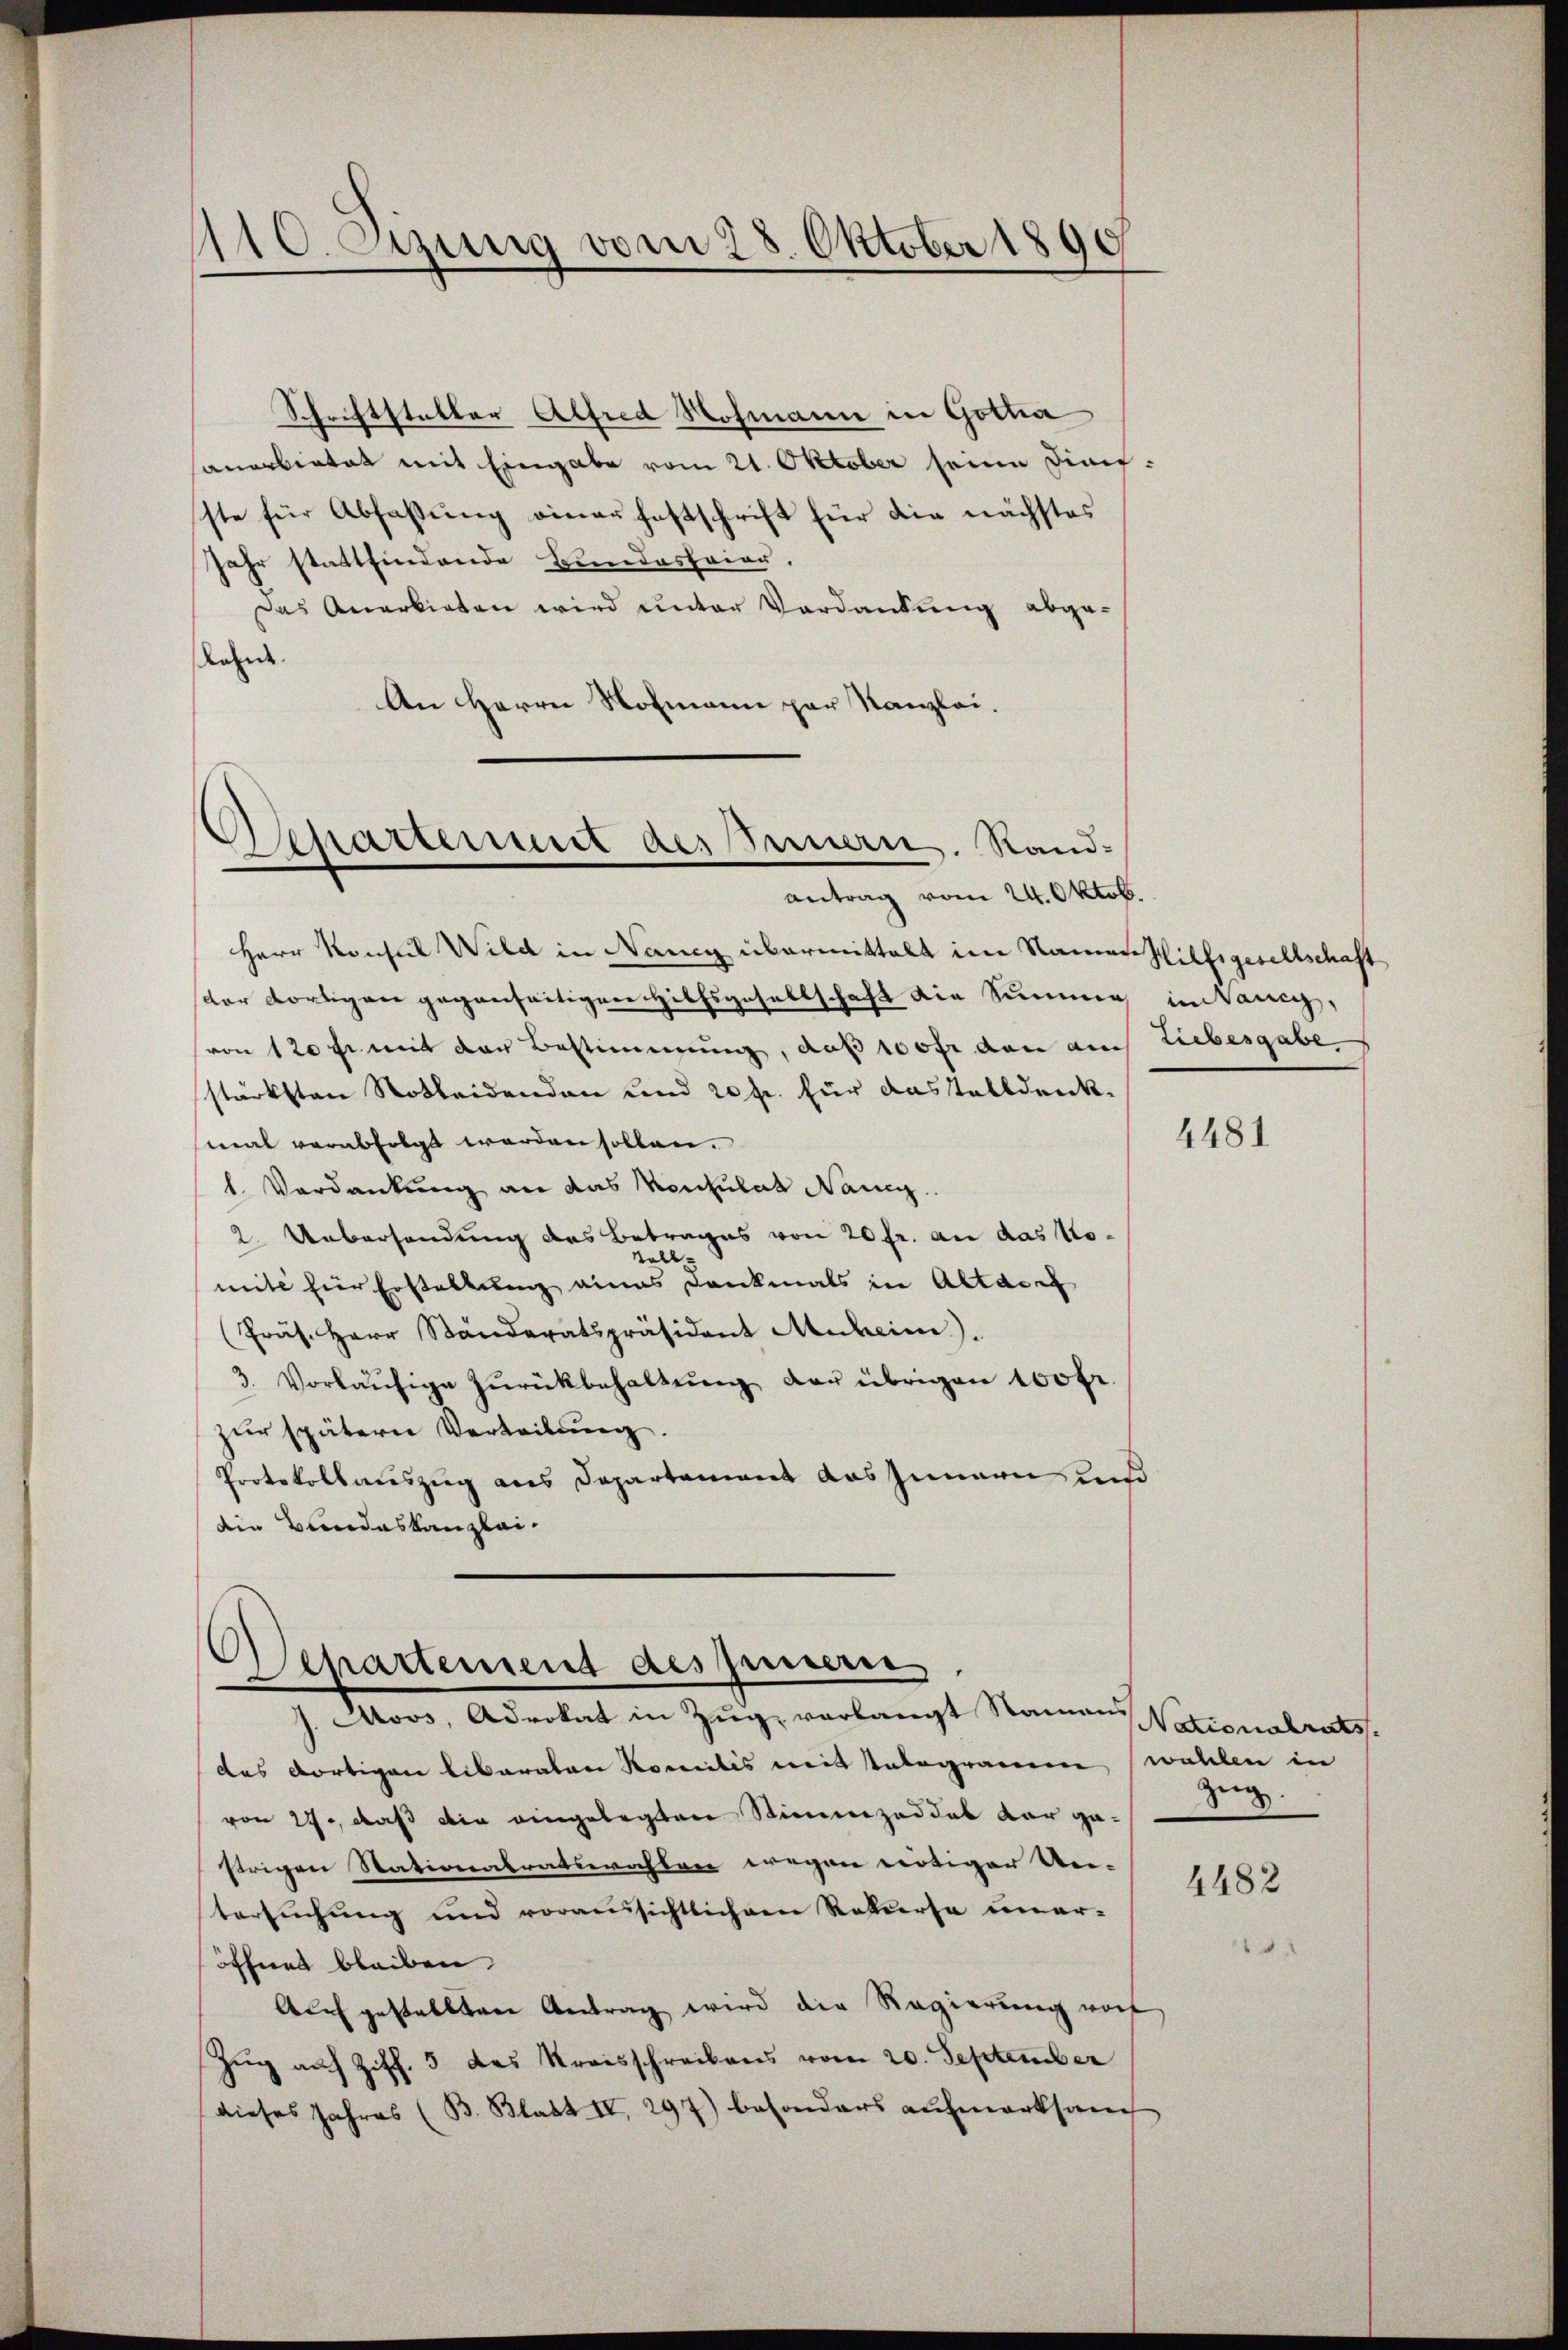
1110. etzung vom 28. Oktober 1890

Schriftstalter Alfred Hofmann in Gotha
anarbietet mit Eingabe vom 21. Oktober seine Dinifste für Abfassung einer festschrift für die nächstes
Jahr stattfindende Bundesfeier,
Das Anerbieten wird unter Verdankung abge-
Kelnde
An Herrn Hofmann par Kanzlei.

Departement des Feuern. Standantrag vom 24. Oktob.

Herr Konsul Wild in Nancy übermittelt im Namen Hilfsgesellschaft
ster dortigen gegenseitigen Hilfsgesellschaft die Summe in Tanig,
von 120 f. mit der Bestimmung, daß sofer den auch Liebesgabe
stärksten Rotheidenden und 20 fr. für das Talldenkmal verabfolgt werden sollen.
1. Verdankung an das Konsulat Nanig
2. Uebersendung des Betrages von 20 fr. an das No¬
Soll
mite hier Erstellung eines Dankmals in Altare
(Präs. Herr Ständeratspräsident Muheim).
3. Vorläŭfige Zŭrückbehaltŭng der übrigen 100 fr.
zur spätern Verteilung.
Protokollauszug aus Departement das Innern und
die Bundeskanzlei.

Apartement des penerie
J. Moos, Advokat in Zug, verlangt Namen Nationalrats.

das dortigen liberaten Komitis mit talogramm wahlen in
von 27, daß die eingelegten Stimmzeddel dar gestrigen Stationalratswahlen wegen weitiger Ver-
tersuchung und voraussichtlichem Rekurse uner-
öffnet bleiben.
Auf gestellten Antrag wird die Regierung wort
Zug auf Ziff. 3 des Kreisschreibens vom 20. September
dieses Jahres (B. Blatt IV 297) besonders aufmerksam

4481

Zeig.

4482